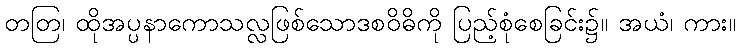
တတြ၊ ထိုအပ္ပနာကောသလ္လဖြစ်သောဒစဝိဓိကို ပြည့်စုံစေခြင်း၌။ အယံ၊ ကား။